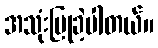
အသုံးပြုခဲ့ပါတယ်။